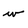
Character: w